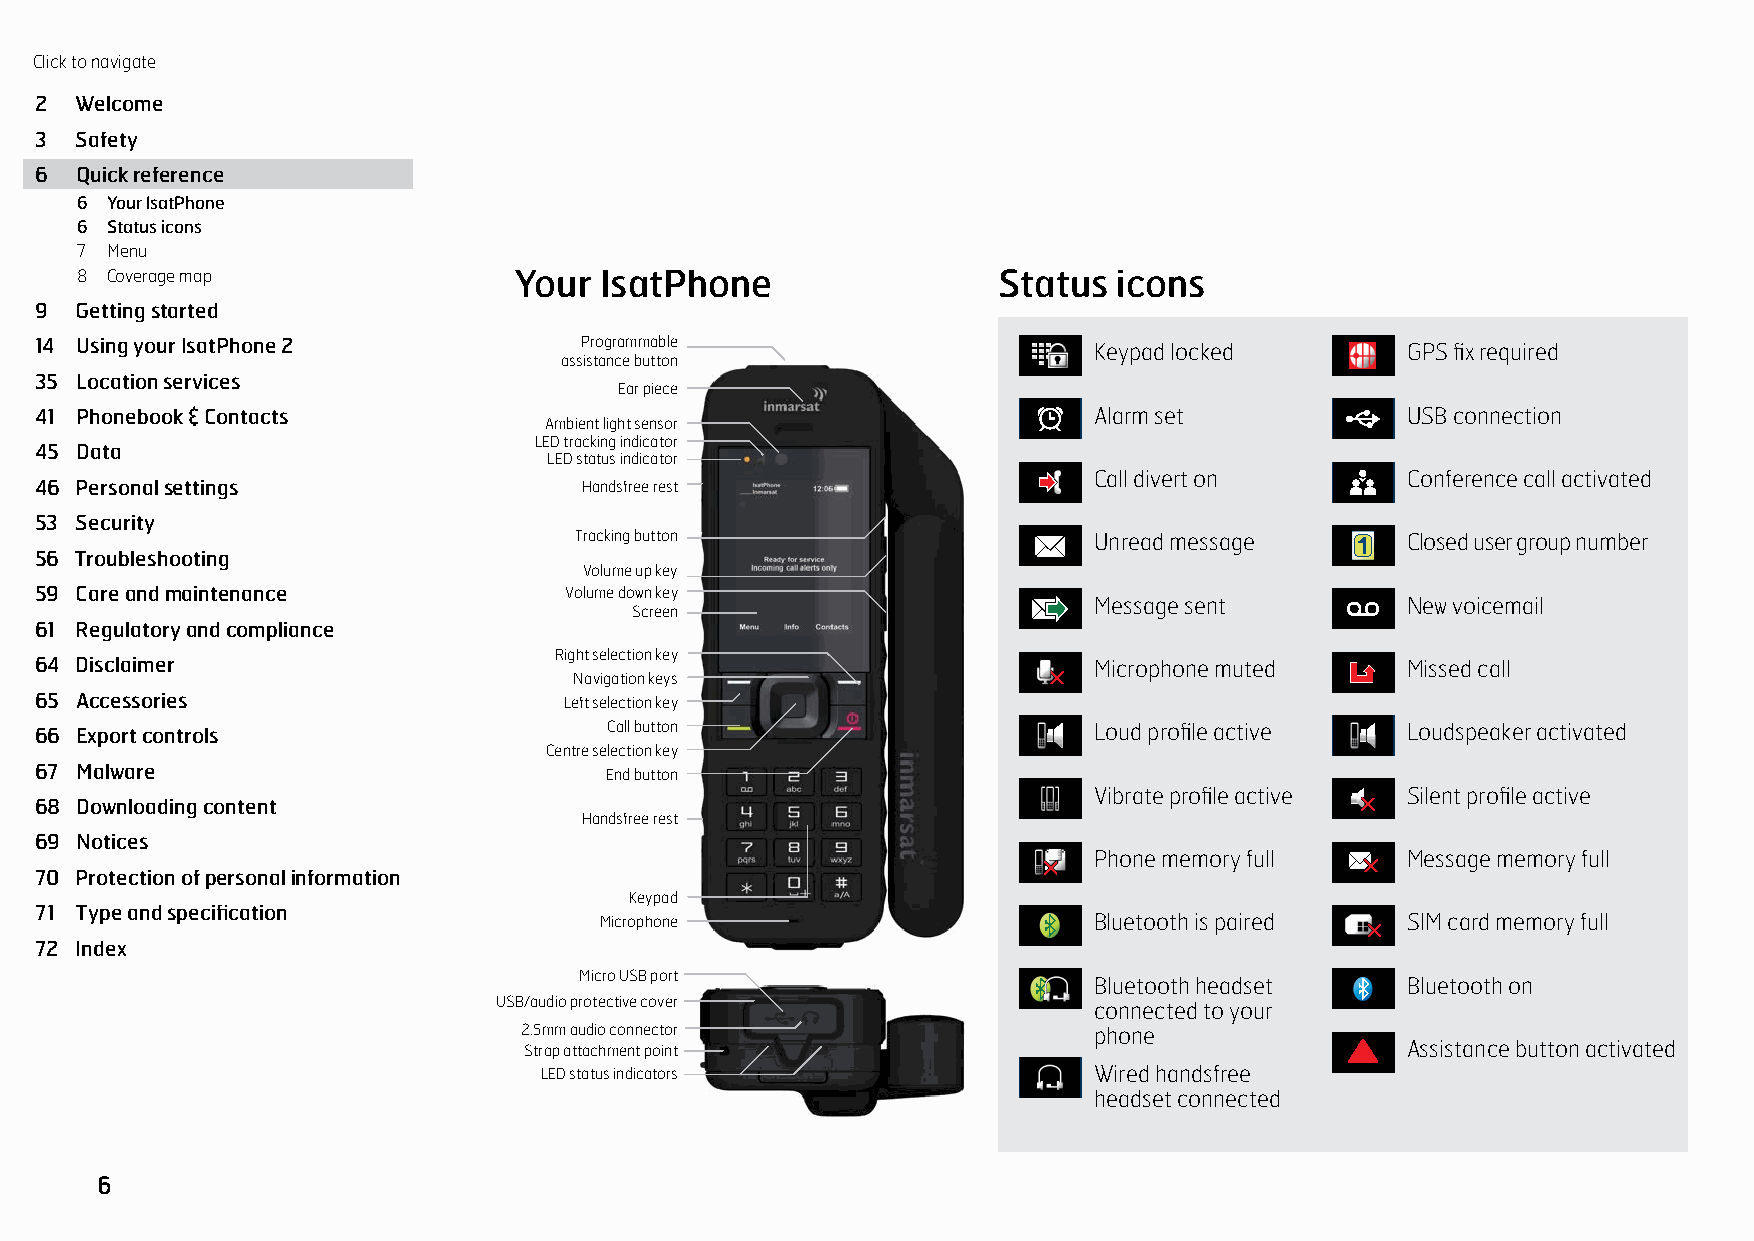
Click to navigate
 QUICK            REFERENCE
 2  Welcome
 3  Safety
 6  Quick reference
 6 Your IsatPhone
 6 Status icons
 7 Menu
 8 Coverage map               Your  IsatPhone                 Status  icons
 9  Getting started
 14 Using your IsatPhone 2           Programmable                      Keypad locked        GPS fix required
 assistance button
 35 Location services
 Ear piece
 41 Phonebook & Contacts                                               Alarm set            USB connection
 Ambient light sensor
 LED tracking indicator
 45 Data
 LED status indicator
 Call divert on       Conference call activated
 46 Personal settings                 Handsfree rest
 53 Security
 Tracking button                   Unread message       Closed user group number
 56 Troubleshooting
 Volume up key
 59 Care and maintenance            Volume down key
 Message sent         New voicemail
 Screen
 61 Regulatory and compliance
 Right selection key
 64 Disclaimer                                                         Microphone muted     Missed call
 Navigation keys
 65 Accessories                     Left selection key
 66 Export controls                    Call button                     Loud profile active  Loudspeaker activated
 Centre selection key
 67 Malware                            End button
 Vibrate profile active Silent profile active
 68 Downloading content
 Handsfree rest
 69 Notices
 Phone memory full    Message memory full
 70 Protection of personal information
 Keypad
 71 Type and specification
 Microphone                      Bluetooth is paired  SIM card memory full
 72 Index
 Micro USB port
 Bluetooth headset    Bluetooth on
 USB/audio protective cover             connected to your
 2.5mm audio connector                 phone
 Strap attachment point                                    Assistance button activated
 LED status indicators               Wired handsfree
 headset connected
 6